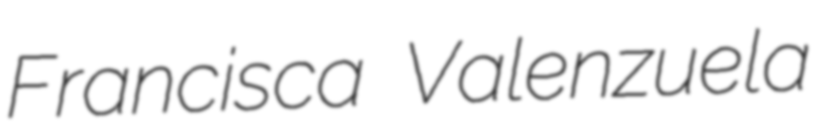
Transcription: Francisca Valenzuela